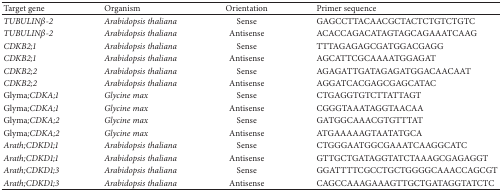
| Target gene | Organism | Orientation | Primer sequence |
 | --- | --- | --- | --- |
 | TUBULINβ-2 | Arabidopsis thaliana | Sense | GAGCCTTACAACGCTACTCTGTCTGTC |
 | TUBULINβ-2 | Arabidopsis thaliana | Antisense | ACACCAGACATAGTAGCAGAAATCAAG |
 | CDKB2;1 | Arabidopsis thaliana | Sense | TTTAGAGAGCGATGGACGAGG |
 | CDKB2;1 | Arabidopsis thaliana | Antisense | AGCATTCGCAAAATGGAGAT |
 | CDKB2;2 | Arabidopsis thaliana | Sense | AGAGATTGATAGAGATGGACAACAAT |
 | CDKB2;2 | Arabidopsis thaliana | Antisense | AGGATCACGAGCGAGCATAC |
 | Glyma;CDKA;1 | Glycine max | Sense | CTGAGGTGTCTTATTAGT |
 | Glyma;CDKA;1 | Glycine max | Antisense | CGGGTAAATAGGTAACAA |
 | Glyma;CDKA;2 | Glycine max | Sense | GATGGCAAACGTGTTTAT |
 | Glyma;CDKA;2 | Glycine max | Antisense | ATGAAAAAGTAATATGCA |
 | Arath;CDKD1;1 | Arabidopsis thaliana | Sense | CTGGGAATGGCGAAATCAAGGCATC |
 | Arath;CDKD1;1 | Arabidopsis thaliana | Antisense | GTTGCTGATAGGTATCTAAAGCGAGAGGT |
 | Arath;CDKD1;3 | Arabidopsis thaliana | Sense | GGATTTTCGCCTGCTGGGGCAAACCAGCGT |
 | Arath;CDKD1;3 | Arabidopsis thaliana | Antisense | CAGCCAAAGAAAGTTGCTGATAGGTATCTC |